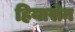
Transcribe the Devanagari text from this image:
हियासेन